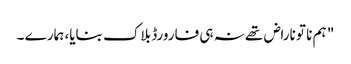
" ہم نا تو ناراض تھے نہ ہی فارورڈ بلاک بنایا، ہمارے ۔